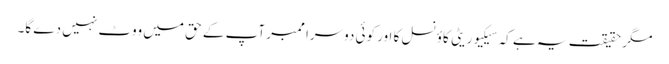
مگر حقیقت یہ ہے کہ سیکیوریٹی کاؤنسل کا اور کوئی دوسرا ممبر آپ کے حق میں ووٹ نہیں دے گا۔